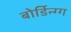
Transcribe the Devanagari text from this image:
बोर्डिन्ग्ग